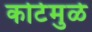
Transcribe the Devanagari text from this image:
कोर्टमुळे